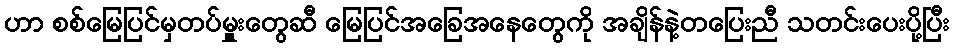
ဟာ စစ်မြေပြင်မှတပ်မှူးတွေဆီ မြေပြင်အခြေအနေတွေကို အချိန်နဲ့တပြေးညီ သတင်းပေးပို့ပြီး